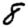
Digit: 8